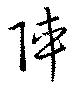
陣